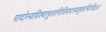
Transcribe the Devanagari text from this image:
पादोस्यविश्वाभूतानित्रिपादस्यामृतन्दिवि॥३॥